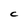
Character: c